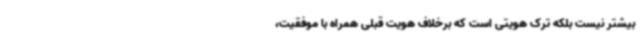
بیشتر نیست بلکه ترک هویتی است که برخلاف هویت قبلی همراه با موفقیت،